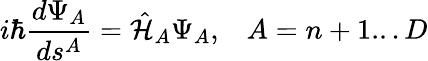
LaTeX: i\hbar\frac{d\Psi_{A}}{ds^{A}}=\hat{\cal H}_{A}\Psi_{A},\; \; \; A=n+1...D